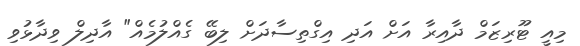
މިއީ ޓޫރިޒަމް ދާއިރާ އަށް އަދި އިގްތިސާދަށް ލިބޭ ގެއްލުމެއް" އާދިލް ވިދާޅުވި